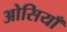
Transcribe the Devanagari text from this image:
ओसियाँ